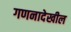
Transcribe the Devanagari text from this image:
गणनादेखील